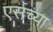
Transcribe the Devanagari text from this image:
एर्सच्या